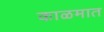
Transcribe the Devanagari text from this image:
काळमात